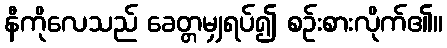
နီကိုလေသည် ခေတ္တမျှရပ်၍ စဉ်းစားလိုက်၏။